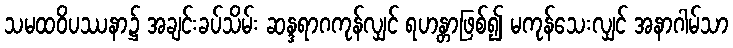
သမထဝိပဿနာ၌ အချင်းခပ်သိမ်း ဆန္ဒရာဂကုန်လျှင် ရဟန္တာဖြစ်၍ မကုန်သေးလျှင် အနာဂါမ်သာ